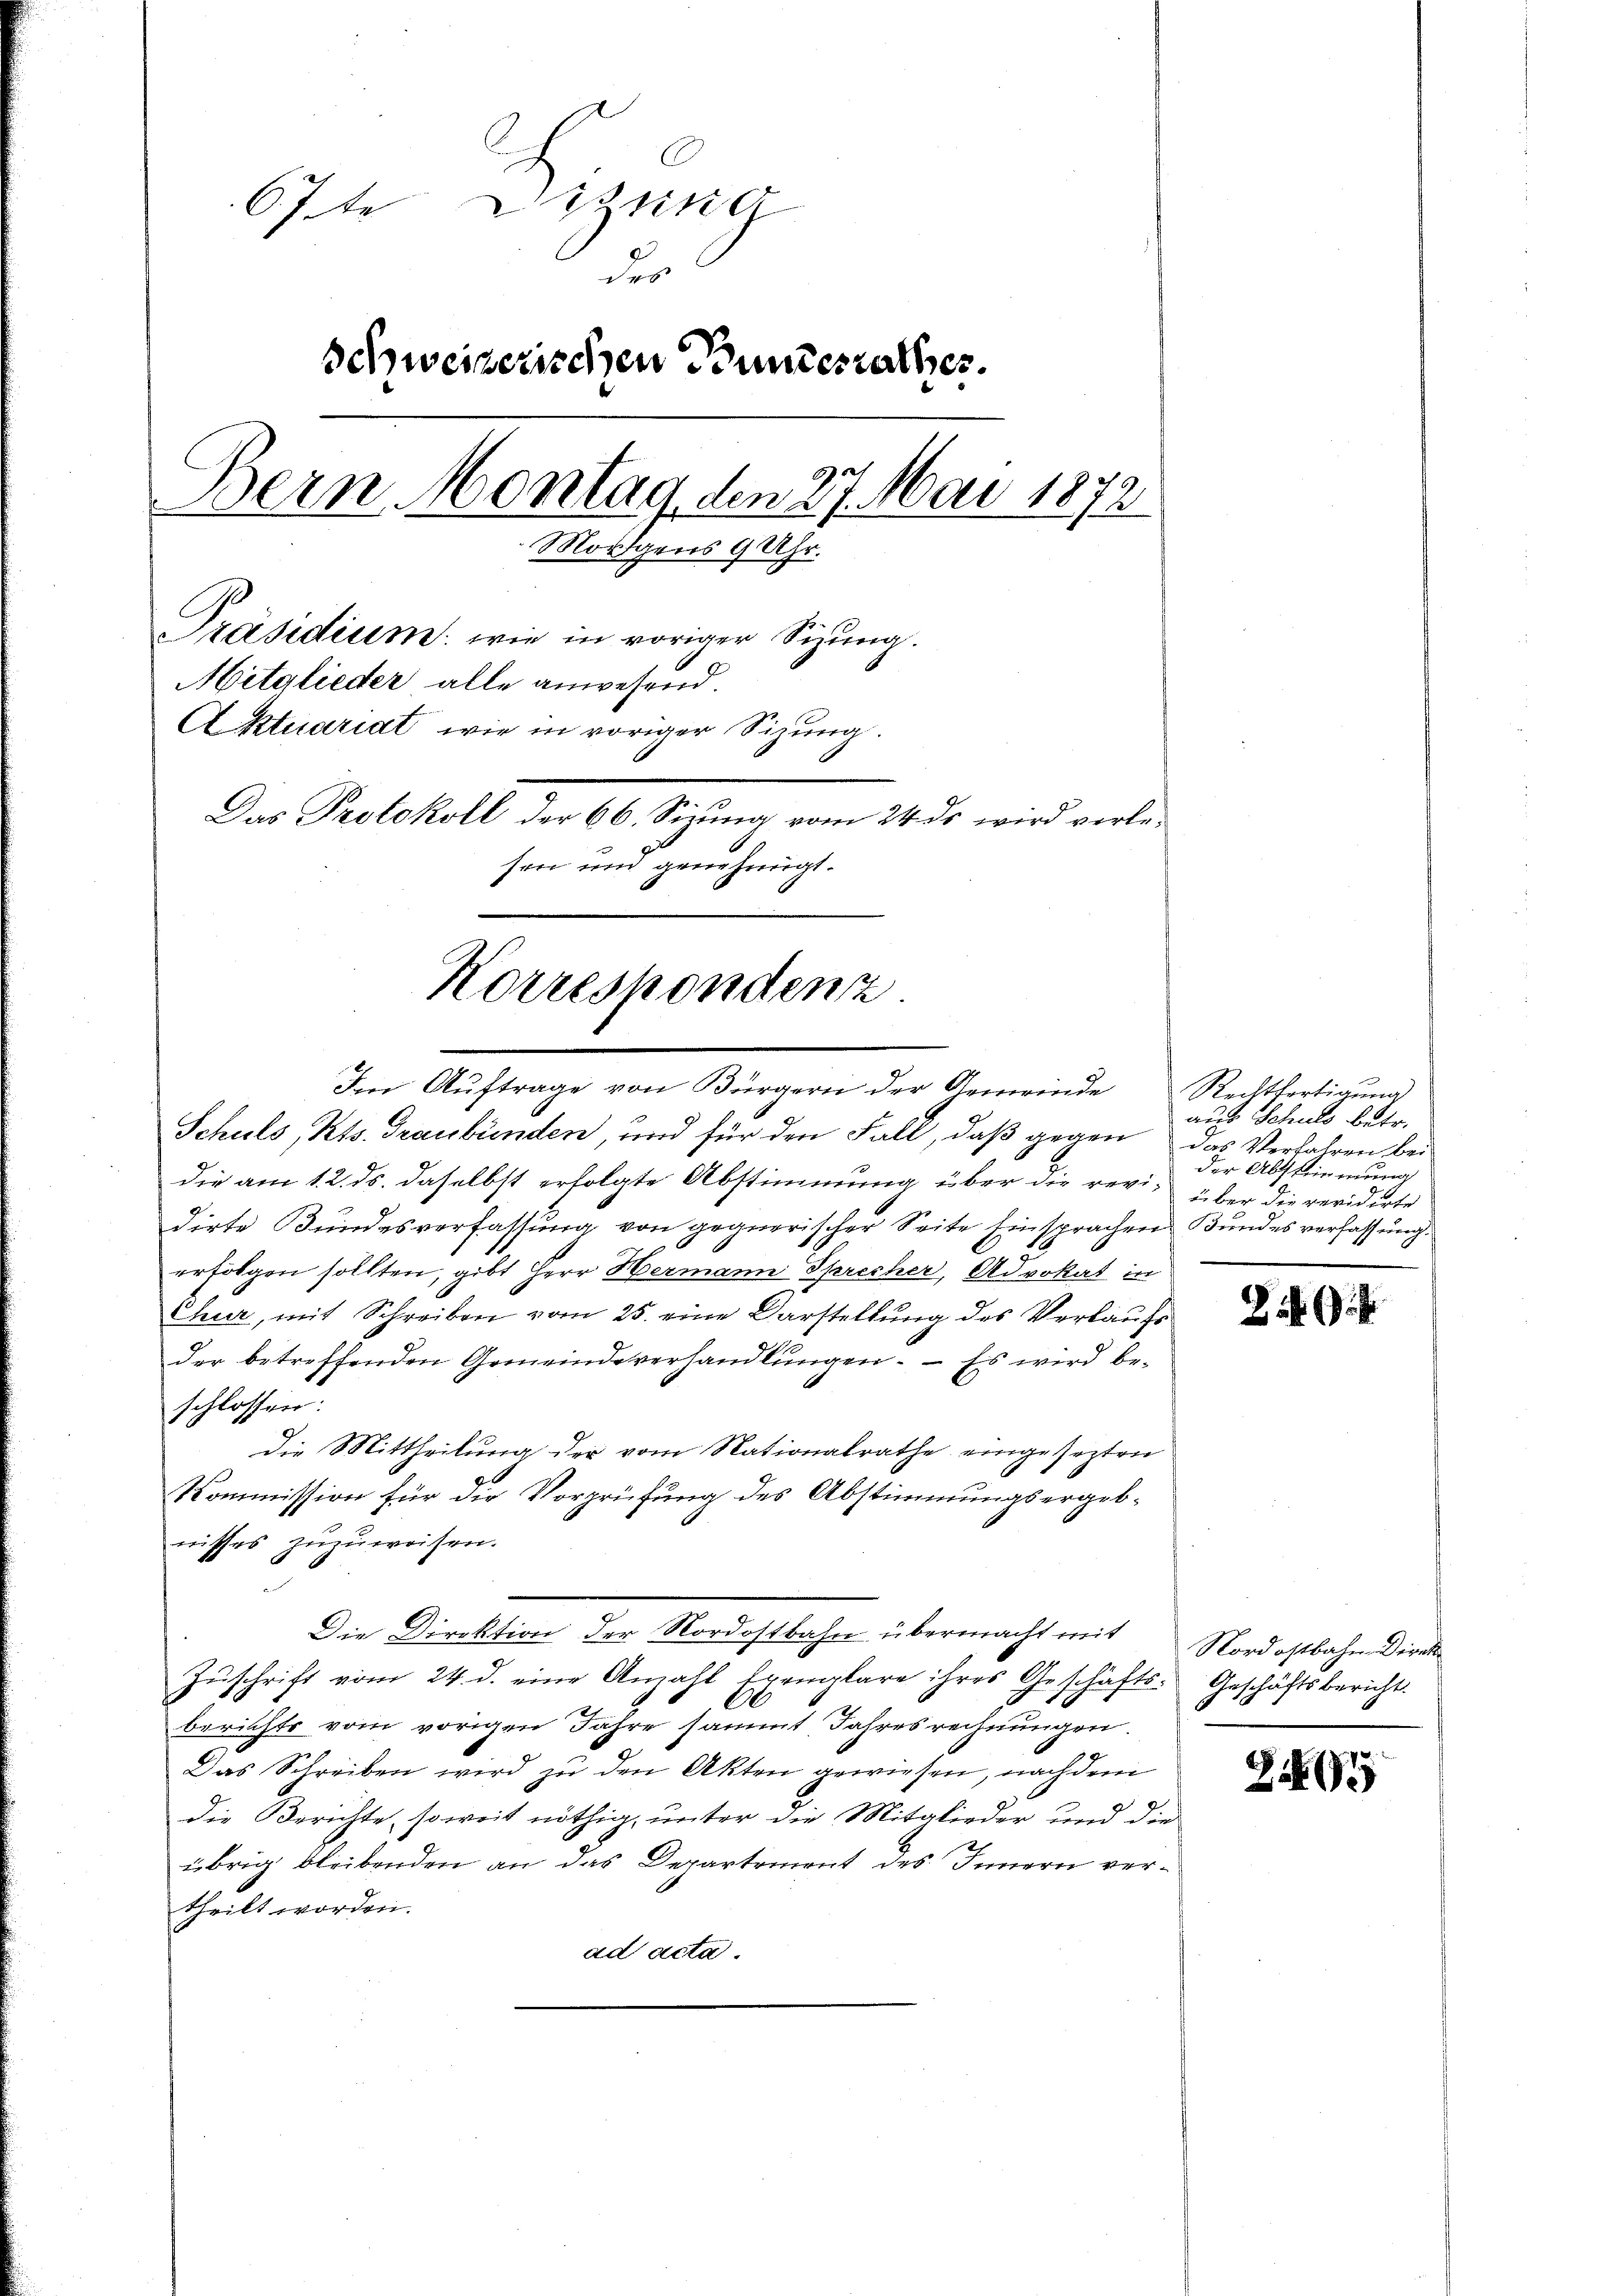
67te Disung
der
Schweizerischen Bundesrathes.
Bern Montag, den 27. Mai 1872
Morgens 9 Uhr.
Präsidium wie in voriger Sizung.
Mitglieder alle anwesend.
Aktuariat wie in voriger Sizung.
Das Protokoll der 66. Sizung vom 24. ds wird verlesen und genehmigt.
Korrespondenz

Im Auftrage von Bürgern der Gemeinde

Schuls, Kts. Graubünden, und für den Fall, daß gegen
die am 12. ds. daselbst erfolgte Abstimmung über die revi- über die revidirte
dirte Bundesverfassung von gegnerischer Seite Einsprachen Bundesverfassung.
erfolgen sollten, gibt Herr Hermann Sprecher, Advokat in
Chur, mit Schreiben vom 25. eine Darstellung des Verkaufs
der betreffenden Gemeindeverhandlungen. – Es wird beschlossen:
die Mittheilung der vom Nationalrathe eingesezten
Kommission für die Vorprüfung des Abstimmungsergebwisses zuzuweisen.
Die Direktion der Nordostbahn übermacht mit Nordostbahn Direk¬
Zŭschrift vom 24. d. eine Anzahl Exemplare ihres Geschäfts-Geschäftsbericht
berichts vom vorigen Jahre sammt Jahresrechnungen.
Das Schreiben wird zu den Akten gewiesen, nachdem
die Berichte, soweit nöthig, unter die Mitglieder und die
übrig bleibenden an das Departement des Innern vertheilt worden.
ad acta.

Rechtfertigung
aus Schuld betr.
das Verfahren bei
der Abstimmung

2

Z